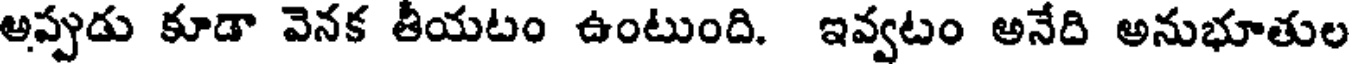
అప్పుడు కూడా వెనక తీయటం ఉంటుంది. ఇవ్వటం అనేది అనుభూతుల